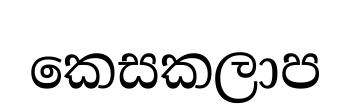
කෙසකලාප